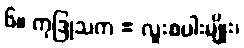
၆။ ကုဒြုသက = လူးစပါးမျိုး၊